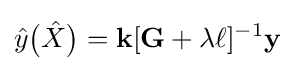
{\hat {y}}{\big (}{\hat {X}}{\big )}=\mathbf {k} [\mathbf {G} +\lambda \ell ]^{-1}\mathbf {y}